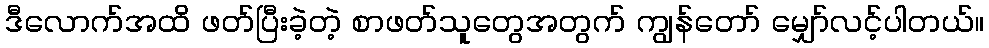
ဒီလောက်အထိ ဖတ်ပြီးခဲ့တဲ့ စာဖတ်သူတွေအတွက် ကျွန်တော် မျှော်လင့်ပါတယ်။